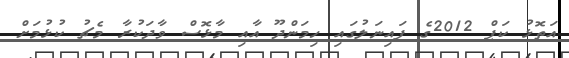
އަތޮޅު ކަޕް 2012ގެ ފައިނަލުގައި ހިމަންދޫ އާއި މާޅޮސް ވާދަކުރާ މެޗު ކުޅުމަށް